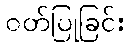
ဝတ်ပြုခြင်း